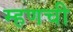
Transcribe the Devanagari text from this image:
म्हणची